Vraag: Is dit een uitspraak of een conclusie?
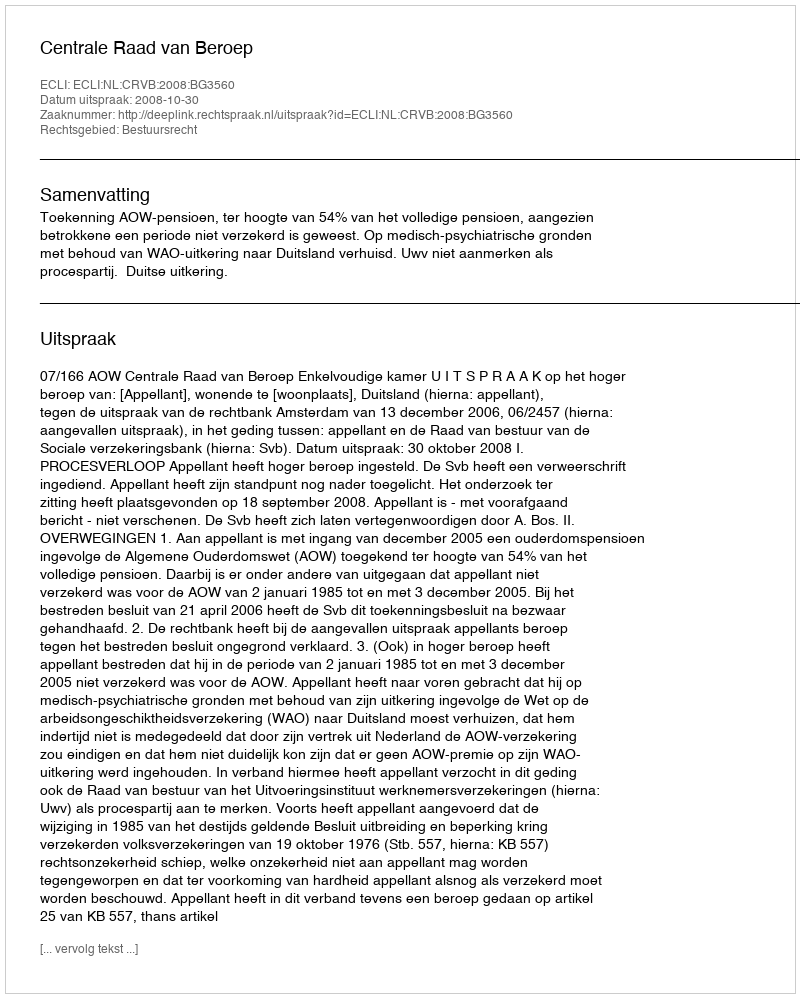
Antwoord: Uitspraak